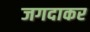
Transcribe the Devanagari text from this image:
जगदाकर